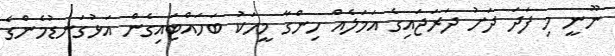
ނޫނީ މި ފަދަ ދަށު ދަރަޖައިގެ އަމަލެއް ހިންގާ މީހަކު ބަހައްޓައިގެން އަޅުގަނޑުމެންގެ